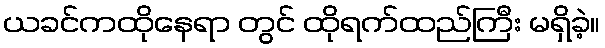
ယခင်ကထိုနေရာ တွင် ထိုရက်ထည်ကြီး မရှိခဲ့။